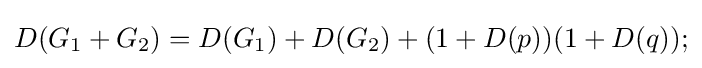
D(G_{1}+G_{2})=D(G_{1})+D(G_{2})+(1+D(p))(1+D(q));